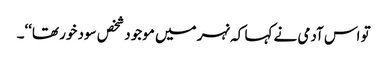
تو اس آدمی نے کہا کہ نہر میں موجود شخص سود خور تھا‘‘۔